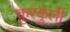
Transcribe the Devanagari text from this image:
कुरकुली